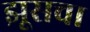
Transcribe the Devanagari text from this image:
झूसचा